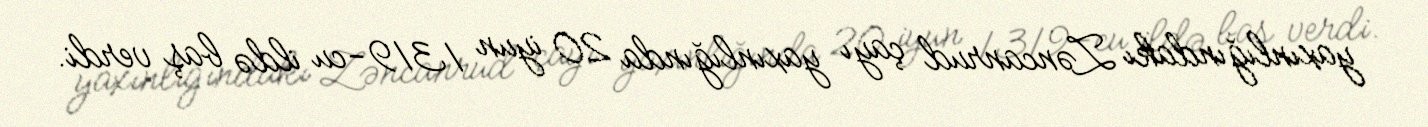
yaxınlığındakı Zəncanrud çayı yaxınlığında 20 iyun 1319-cu ildə baş verdi.